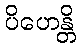
ပိဟေန္တိ